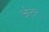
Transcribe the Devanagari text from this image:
अंटर